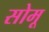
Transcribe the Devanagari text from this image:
सोमू